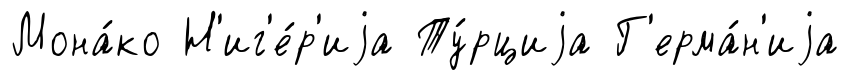
Мона́ко Н'иг'е́р'иjа Ту́рциjа Г'ерма́н'иjа